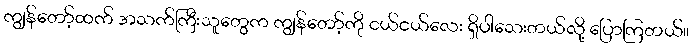
ကျွန်တော့်ထက် အသက်ကြီးသူတွေက ကျွန်တော့်ကို ငယ်ငယ်လေး ရှိပါသေးတယ်လို့ ပြောကြတယ်။